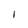
Character: 1